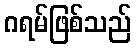
ဂရမ်ဖြစ်သည်